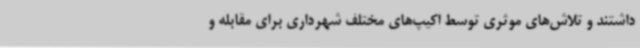
داشتند و تلاش‌های موثری توسط اکیپ‌های مختلف شهرداری برای مقابله و